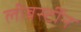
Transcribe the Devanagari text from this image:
लीबर्स्टीन